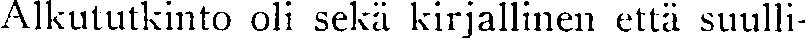
Alkututkinto oli sekä kirjallinen että suulli-